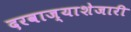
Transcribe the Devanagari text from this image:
दरवाज्याशेजारी